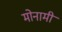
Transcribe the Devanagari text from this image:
मोनामी